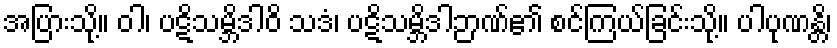
အပြားသို့။ ဝါ၊ ပဋိသမ္ဘိဒါဝိ သဒံ၊ ပဋိသမ္ဘိဒါဉာဏ်၏ စင်ကြယ်ခြင်းသို့။ ပါပုဏန္တိ၊